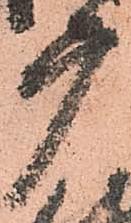
广